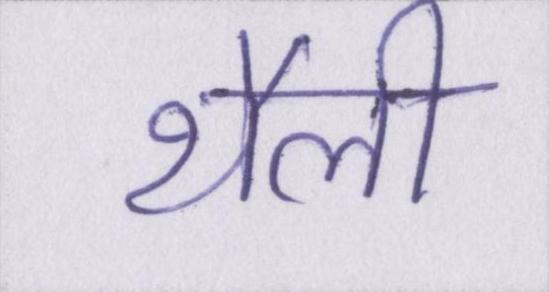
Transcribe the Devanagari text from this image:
थैली